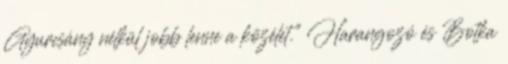
Gyurcsány nélkül jobb lenne a közélet.” Harangozó és Botka